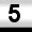
Digit: 5